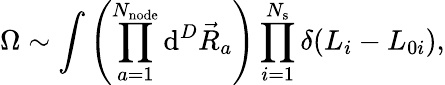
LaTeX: \Omega\sim\int{\left(\prod_{a=1}^{N_{\mathrm{node}}}{\mathrm{d}^{D}\vec{R}_{a}}\right)\prod_{i=1}^{N_{\mathrm{s}}}{\delta(L_{i}-L_{0i})}},